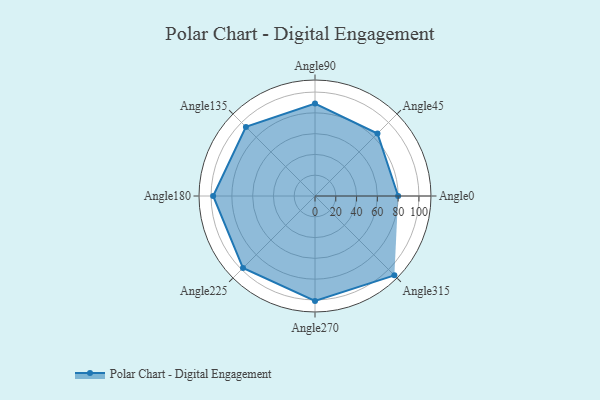
{"axis": {"x": "Angle", "y": "Radius"}, "legend": [""], "data": [{"x": "Angle0", "y": 80.0, "type": ""}, {"x": "Angle45", "y": 85.0, "type": ""}, {"x": "Angle90", "y": 89.0, "type": ""}, {"x": "Angle135", "y": 94.0, "type": ""}, {"x": "Angle180", "y": 98.0, "type": ""}, {"x": "Angle225", "y": 98.0, "type": ""}, {"x": "Angle270", "y": 101.0, "type": ""}, {"x": "Angle315", "y": 108.0, "type": ""}]}